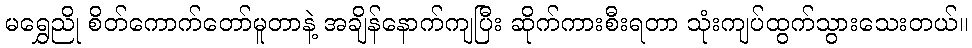
မရွှေညို စိတ်ကောက်တော်မူတာနဲ့ အချိန်နောက်ကျပြီး ဆိုက်ကားစီးရတာ သုံးကျပ်ထွက်သွားသေးတယ်။